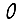
Digit: 0